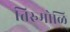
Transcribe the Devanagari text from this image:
तिरुमोळि